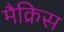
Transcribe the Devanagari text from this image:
मैक्रिस